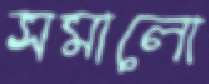
সমালো